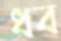
ধব